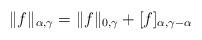
LaTeX: \begin{align*} \| f\|_{\alpha, \gamma} = \|f\|_{0, \gamma} + [f]_{\alpha, \gamma - \alpha}\end{align*}